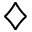
\diamondsuit